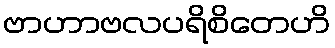
ဗာဟာဗလပရိစိတေဟိ